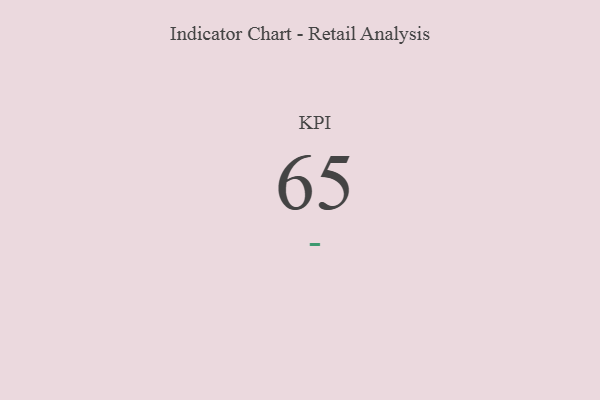
{"axis": {"x": "KPI", "y": "Value"}, "legend": [""], "data": [{"x": "KPI", "y": 65, "type": ""}]}